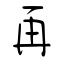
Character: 再